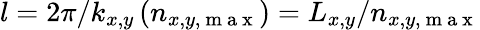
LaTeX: l={2}\pi/k_{x,y}\, (n_{x,y,\mathrm{~m~a~x~}})=L_{x,y}/n_{x,y,\mathrm{~m~a~x~}}